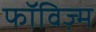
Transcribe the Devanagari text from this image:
फॉविज़्म